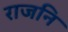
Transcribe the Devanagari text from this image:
राजनि